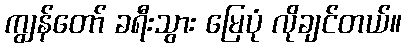
ကျွန်တော် ခရီးသွား မြေပုံ လိုချင်တယ်။